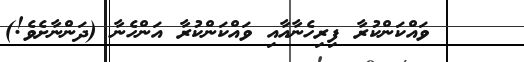
ވައްކަންކުރާ ފިރިހެނާއާއި ވައްކަންކުރާ އަންހެނާ (ދަންނާށެވެ!)